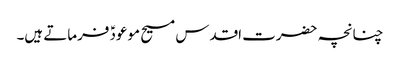
چنانچہ حضرت اقدس مسیح موعودؑ فرماتے ہیں۔